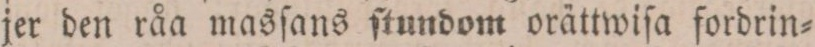
jer den råa masſans ſtundom orättwiſa fordrin=